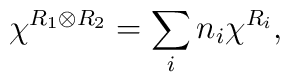
\chi^{R_1\otimes R_2} = \sum_i n_i \chi^{R_i},